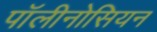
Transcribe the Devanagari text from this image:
पॉलीनोसियन